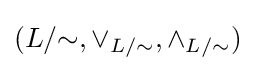
(L/{\sim },\vee _{L/{\sim }},\wedge _{L/{\sim }})